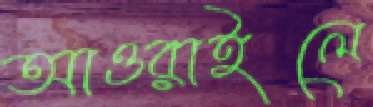
আওরাইলে